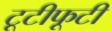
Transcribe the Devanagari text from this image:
टूटीफूटी